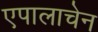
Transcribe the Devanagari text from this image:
एपालाचेन